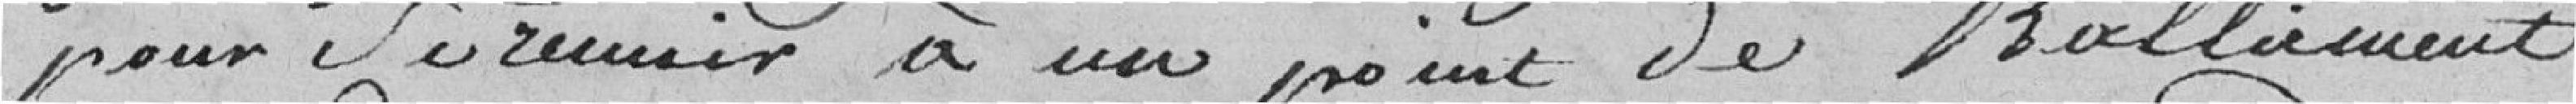
pour se réunir à un point de ralliement